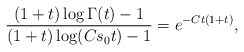
\begin{align*}\frac{(1 + t) \log \Gamma(t) - 1}{(1 + t)\log(C s_0 t) - 1} = e^{-C t(1 + t)},\end{align*}